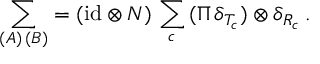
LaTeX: \sum _ { ( A ) \, ( B ) } = ( \mathrm { i d } \otimes N ) \, \sum _ { c } \, ( \Pi \, \delta _ { T _ { c } } ) \otimes \delta _ { R _ { c } } \, .